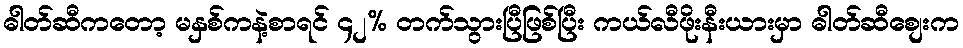
ဓါတ်ဆီကတော့ မနှစ်ကနဲ့စာရင် ၄၂% တက်သွားပြီဖြစ်ပြီး ကယ်လီဖိုးနီးယားမှာ ဓါတ်ဆီစျေးက